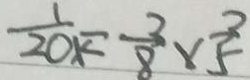
\frac { 1 } { 2 0 k } = \frac { 3 } { 8 } \times \frac { 3 } { 5 }